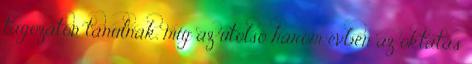
tagozaton tanulnak, míg az utolsó három évben az oktatás